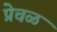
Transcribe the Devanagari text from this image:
प्रेचळ